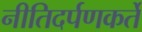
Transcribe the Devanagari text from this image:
नीतिदर्पणकर्ते